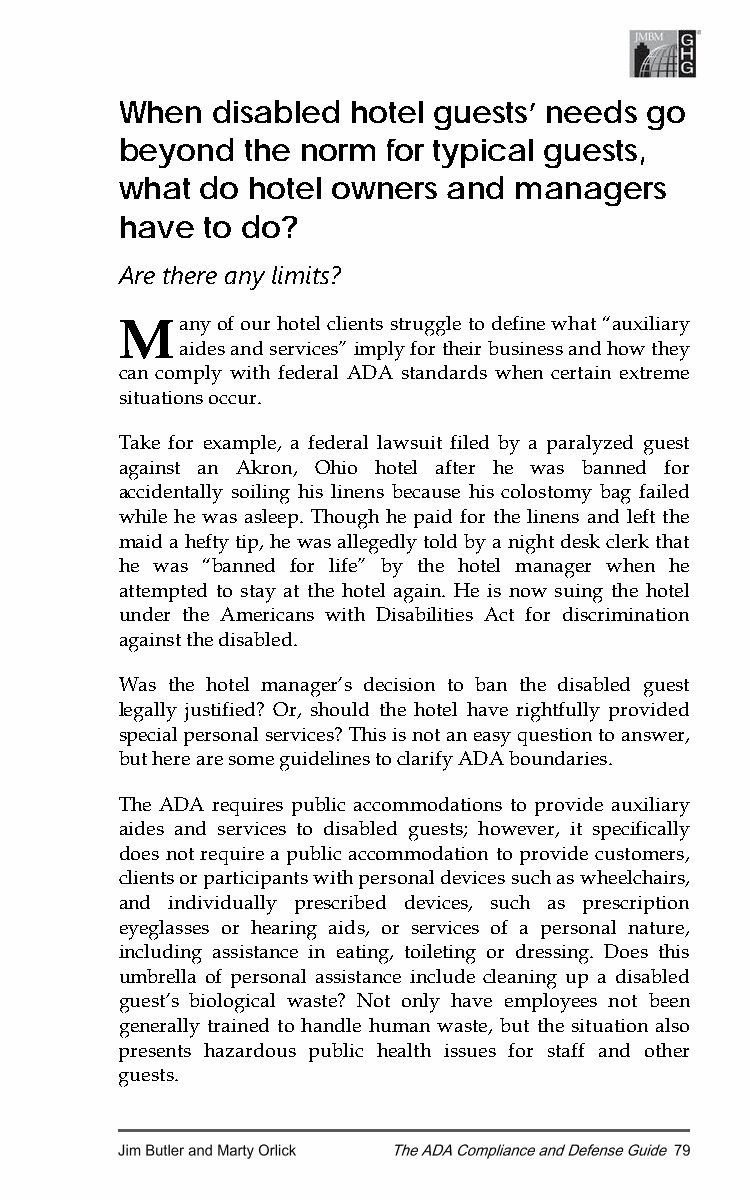
When  disabled hotel guests’ needs go
 beyond  the norm  for typical guests,
 what do hotel owners  and managers
 have to do?
 Are there any limits?
 M   any of our hotel clients struggle to define what “auxiliary
 aides and services” imply for their business and how they
 can comply with federal ADA standards when certain extreme
 situations occur.
 Take for example, a federal lawsuit filed by a paralyzed guest
 against an Akron, Ohio hotel after he was banned for
 accidentally soiling his linens because his colostomy bag failed
 while he was asleep. Though he paid for the linens and left the
 maid a hefty tip, he was allegedly told by a night desk clerk that
 he was “banned for life” by the hotel manager when he
 attempted to stay at the hotel again. He is now suing the hotel
 under the Americans with Disabilities Act for discrimination
 against the disabled.
 Was the hotel manager’s decision to ban the disabled guest
 legally justified? Or, should the hotel have rightfully provided
 special personal services? This is not an easy question to answer,
 but here are some guidelines to clarify ADA boundaries.
 The ADA requires public accommodations to provide auxiliary
 aides and services to disabled guests; however, it specifically
 does not require a public accommodation to provide customers,
 clients or participants with personal devices such as wheelchairs,
 and individually prescribed devices, such as prescription
 eyeglasses or hearing aids, or services of a personal nature,
 including assistance in eating, toileting or dressing. Does this
 umbrella of personal assistance include cleaning up a disabled
 guest’s biological waste? Not only have employees not been
 generally trained to handle human waste, but the situation also
 presents hazardous public health issues for staff and other
 guests.